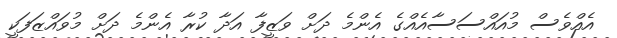
އެއްވެސް މުއައްސަސާއެއްގެ އެންމެ ދަށް ވަޒީފާ އަދާ ކުރާ އެންމެ ދަށް މުވައްޒަފަކީ